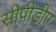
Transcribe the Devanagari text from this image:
सीपीडीए